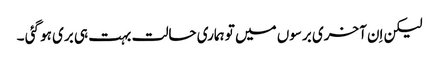
لیکن اِن آخری برسوں میں تو ہماری حالت بہت ہی بری ہو گئی ۔